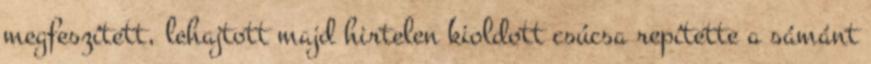
megfeszített, lehajtott majd hirtelen kioldott csúcsa repítette a sámánt